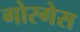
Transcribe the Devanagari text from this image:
गोरगेस